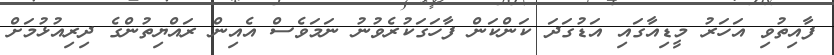
ފާއިތުވި އަހަރު މީޑިއާގައި އަޑުގަދަ ކަންކަން ފާހަގަކުރެވުނު ނަމަވެސް އެއިން ރައްޔިތުންގެ ދިރިއުޅުމަށް